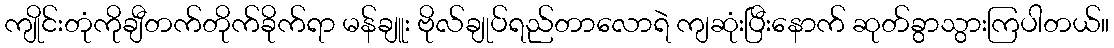
ကျိုင်းတုံကိုချီတက်တိုက်ခိုက်ရာ မန်ချူး ဗိုလ်ချုပ်ရည်တာလောရဲ ကျဆုံးပြီးနောက် ဆုတ်ခွာသွားကြပါတယ်။